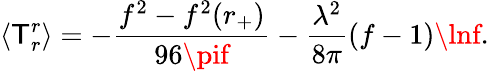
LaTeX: \langle\mathsf{T}_{r}^{r}\rangle=-{\frac{{f^{2}-f^{2}(r_{+})}}{{96\pif}}}-{\frac{{\lambda^{2}}}{{8\pi}}}(f-1)\lnf.